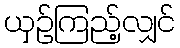
ယှဉ်ကြည့်လျှင်